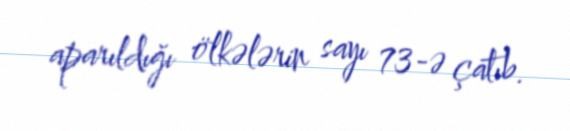
aparıldığı ölkələrin sayı 73-ə çatıb.